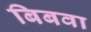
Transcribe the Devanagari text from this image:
बिबवा